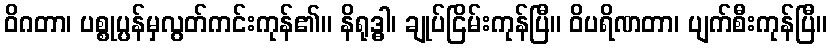
ဝိဂတာ၊ ပစ္စုပ္ပန်မှလွတ်ကင်းကုန်၏။ နိရုဒ္ဓါ၊ ချုပ်ငြိမ်းကုန်ပြီ။ ဝိပရိဏတာ၊ ပျက်စီးကုန်ပြီ။